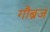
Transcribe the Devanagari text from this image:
गौब्रज